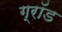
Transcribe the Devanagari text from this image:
ग्रॉड